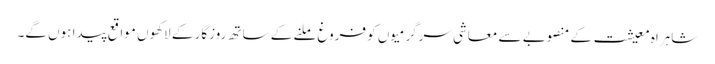
شاہراہ معیشت کے منصوبے سے معاشی سرگرمیوں کو فروغ ملنے کے ساتھ روزگار کے لاکھوں مواقع پیدا ہوں گے۔